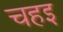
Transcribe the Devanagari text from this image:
चहइ